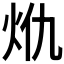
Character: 𭴍